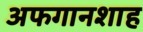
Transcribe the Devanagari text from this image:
अफगानशाह